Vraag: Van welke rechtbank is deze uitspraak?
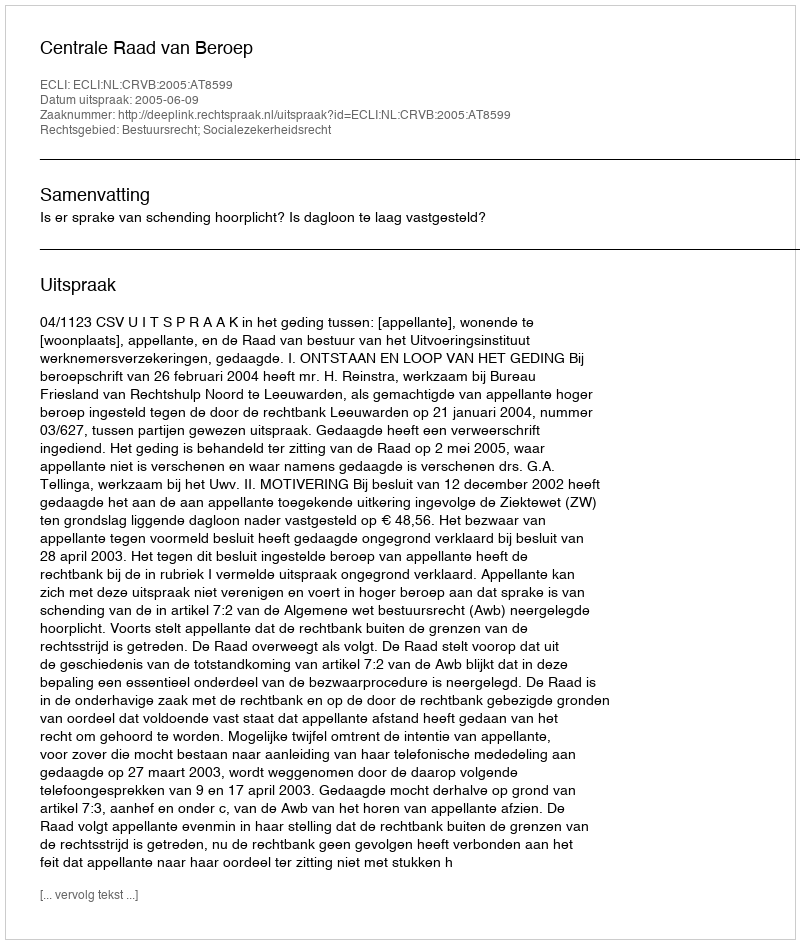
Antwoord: Centrale Raad van Beroep